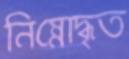
নিম্নোদ্ধৃত